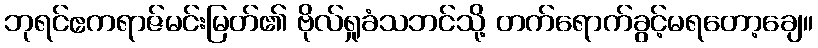
ဘုရင်ဧကရာဇ်မင်းမြတ်၏ ဗိုလ်ရှုခံသဘင်သို့ တက်ရောက်ခွင့်မရတော့ချေ။